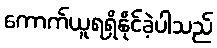
ကောက်ယူရရှိနိုင်ခဲ့ပါသည်